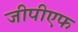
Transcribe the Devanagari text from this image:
जीपीएफ